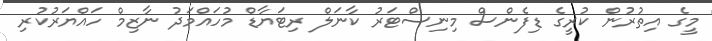
މީގެ އިތުރުން ކުރީގެ ޑިފެންސް މިނިސްޓަރު ކާނަލް ރިޓަޔާޑް މުހައްމަދު ނާޒިމް ހައްޔަރުކުރި